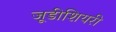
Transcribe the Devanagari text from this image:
जूडीशियरी